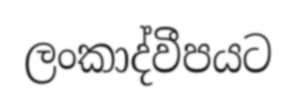
ලංකාද්වීපයට